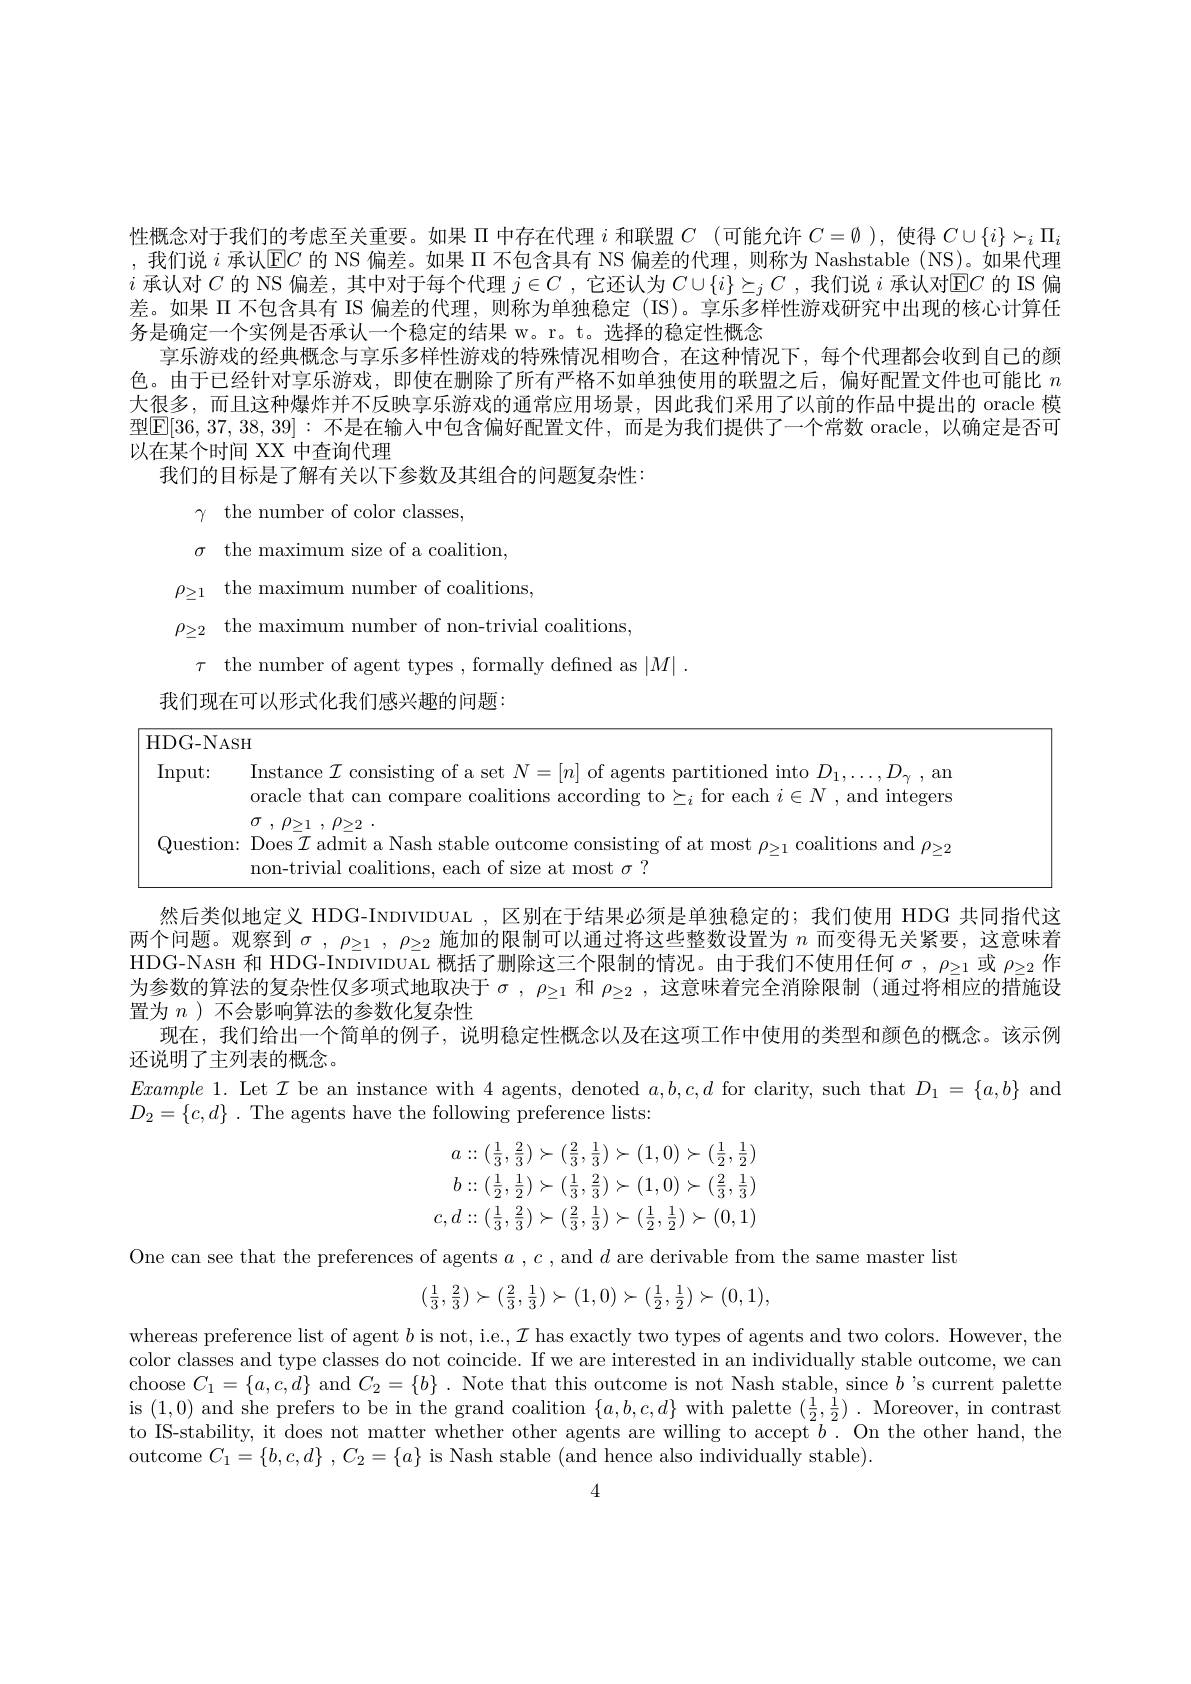
性概念对于我们的考虑至关重要。如果$\Pi$中存在代理$i$和联盟$C=\emptyset$ ),使得$C\cup\{i\}\succ_i\Pi_i$ ,我们说$i$承认$\underline{\mathrm{E}}C$的 NS 偏差。如果$\Pi$不包含具有 NS 偏差的代理，则称为 Nashstable (NS)。如果代理$i$承认对$C$的 NS 偏差，其中对于每个代理$j\in C$ ,它还认为$C\cup\{i\}\succeq_jC$ ,我们说$i$承认对$\operatorname{E}C$的 IS 偏差。如果 II 不包含具有 IS 偏差的代理，则称为单独稳定(IS)。享乐多样性游戏研究中出现的核心计算任务是确定一个实例是否承认一个稳定的结果 w。r。t。选择的稳定性概念
享乐游戏的经典概念与享乐多样性游戏的特殊情况相吻合，在这种情况下，每个代理都会收到自己的颜色。由于已经针对享乐游戏，即使在删除了所有严格不如单独使用的联盟之后，偏好配置文件也可能比$n$ 大很多，而且这种爆炸并不反映享乐游戏的通常应用场景，因此我们采用了以前的作品中提出的 oracle 模型$\mathbb{E}[36,37,38,39]:$ 不是在输入中包含偏好配置文件，而是为我们提供了一个常数 oracle,以确定是否可以在某个时间 XX 中查询代理
我们的目标是了解有关以下参数及其组合的问题复杂性：
$$\begin{aligned}&\gamma\quad\mathrm{the~number~of~color~classes,}\\&\sigma\quad\mathrm{the~maximum~size~of~a~coalition,}\\&\rho_{\geq1}\quad\mathrm{the~maximum~number~of~coalitions,}\\&\rho_{\geq2}\quad\mathrm{the~maximum~number~of~non-trivial~coalitions,}\\&\tau\quad\mathrm{the~number~of~agent~types~,~formally~defined~as~}|M|\:.\end{aligned}$$
我们现在可以形式化我们感兴趣的问题：

${\mathrm{HDG-NASH}}$

Input: Instance $\mathcal{I}$ consisting of a set $N=[n]$ of agents partitioned into $D_1,\ldots,D_\gamma$,an

oracle that can compare coalitions according to$\succeq_i$ for each $i\in N$, and integers

$\sigma$ , $\rho _{\geq 1}$ , $\rho _{\geq 2}$ .

Question: Does$\bar{\mathcal{I}}$ admit a Nash stable outcome consisting of at most $\rho_\geq1$ coalitions and $\rho_\geq2$

non-trivial coalitions, each of size at most $\sigma$ ?

然后类似地定义 HDG-INDIVIDUAL ,区别在于结果必须是单独稳定的；我们使用 HDG 共同指代这两个问题。观察到$\sigma,\rho_{\geq1},\rho_{\geq2}$施加的限制可以通过将这些整数设置为$n$而变得无关紧要，这意味着INDC Nert HIDO Lermetz metzan metzan $=\frac{1}{2}$ HDG-NASH 和 HDG-INDIVIDUAL 概括了删除这三个限制的情况。由于我们不使用任何$\sigma,\rho_{\geq1}$或$\rho_{\geq2}$作为参数的算法的复杂性仅多项式地取决于$\sigma,\rho_{\geq1}$和$\rho_{\geq2},\bar{\text{这意味着完全消除限制(通过将相应的措施设}}$ 置为$n$ )不会影响算法的参数化复杂性
现在，我们给出一个简单的例子，说明稳定性概念以及在这项工作中使用的类型和颜色的概念。该示例
还说明了主列表的概念。
$Example~1.~$Let $\mathcal{I}$ be an instance with 4 agents, denoted $a,b,c,d$ for clarity, such that $D_1=\{a,b\}$ and
$D_{2}=\{c,d\}$ . The agents have the following preference lists:
$$\begin{aligned}a&::(\frac{1}{3},\frac{2}{3})\succ(\frac{2}{3},\frac{1}{3})\succ(1,0)\succ(\frac{1}{2},\frac{1}{2})\\b&::(\frac{1}{2},\frac{1}{2})\succ(\frac{1}{3},\frac{2}{3})\succ(1,0)\succ(\frac{2}{3},\frac{1}{3})\\c,d&::(\frac{1}{3},\frac{2}{3})\succ(\frac{2}{3},\frac{1}{3})\succ(\frac{1}{2},\frac{1}{2})\succ(0,1)\end{aligned}$$
One can see that the preferences of agents $a$ $, c$ , and $d$ are derivable from the same master list
$$(\frac13,\frac23)\succ(\frac23,\frac13)\succ(1,0)\succ(\frac12,\frac12)\succ(0,1),$$
whereas preference list of agent $b$ is not, i.e., $\mathcal{I}$ has exactly two types of agents and two colors. However, the color classes and type classes do not coincide. If we are interested in an individually stable outcome, we can choose $C_1=\{a,c,d\}$ and $C_2=\{b\}.$ Note that this outcome is not Nash stable, since $b$ 's current palette is (1,0) and she prefers to be in the grand coalition $\{a,b,c,d\}$ with palette $(\frac12,\frac12).$ Moreover, in contrast to IS-stability, it does not matter whether other agents are willing to accept $\bar{b}.$ On the other hand, the outcome $C_1= \{ b, c, d\}$ , $C_2= \{ a\}$ is Nash stable (and hence also individually stable).

4